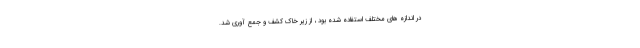
در اندازه های مختلف استفاده شده بود ، از زیر خاک کشف و جمع آوری شد.